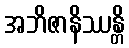
အဘိဇာနိဿန္တိ